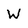
Character: W